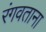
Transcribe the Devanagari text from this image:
रंगवताना